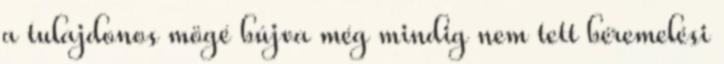
a tulajdonos mögé bújva még mindig nem tett béremelési